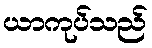
ယာကုပ်သည်